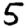
Digit: 5